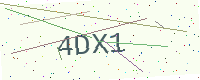
Text: 4DX1